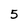
Character: 5